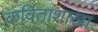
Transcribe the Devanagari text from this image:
कविताशाखां